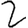
Digit: 2